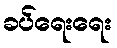
ခပ်ရေးရေး